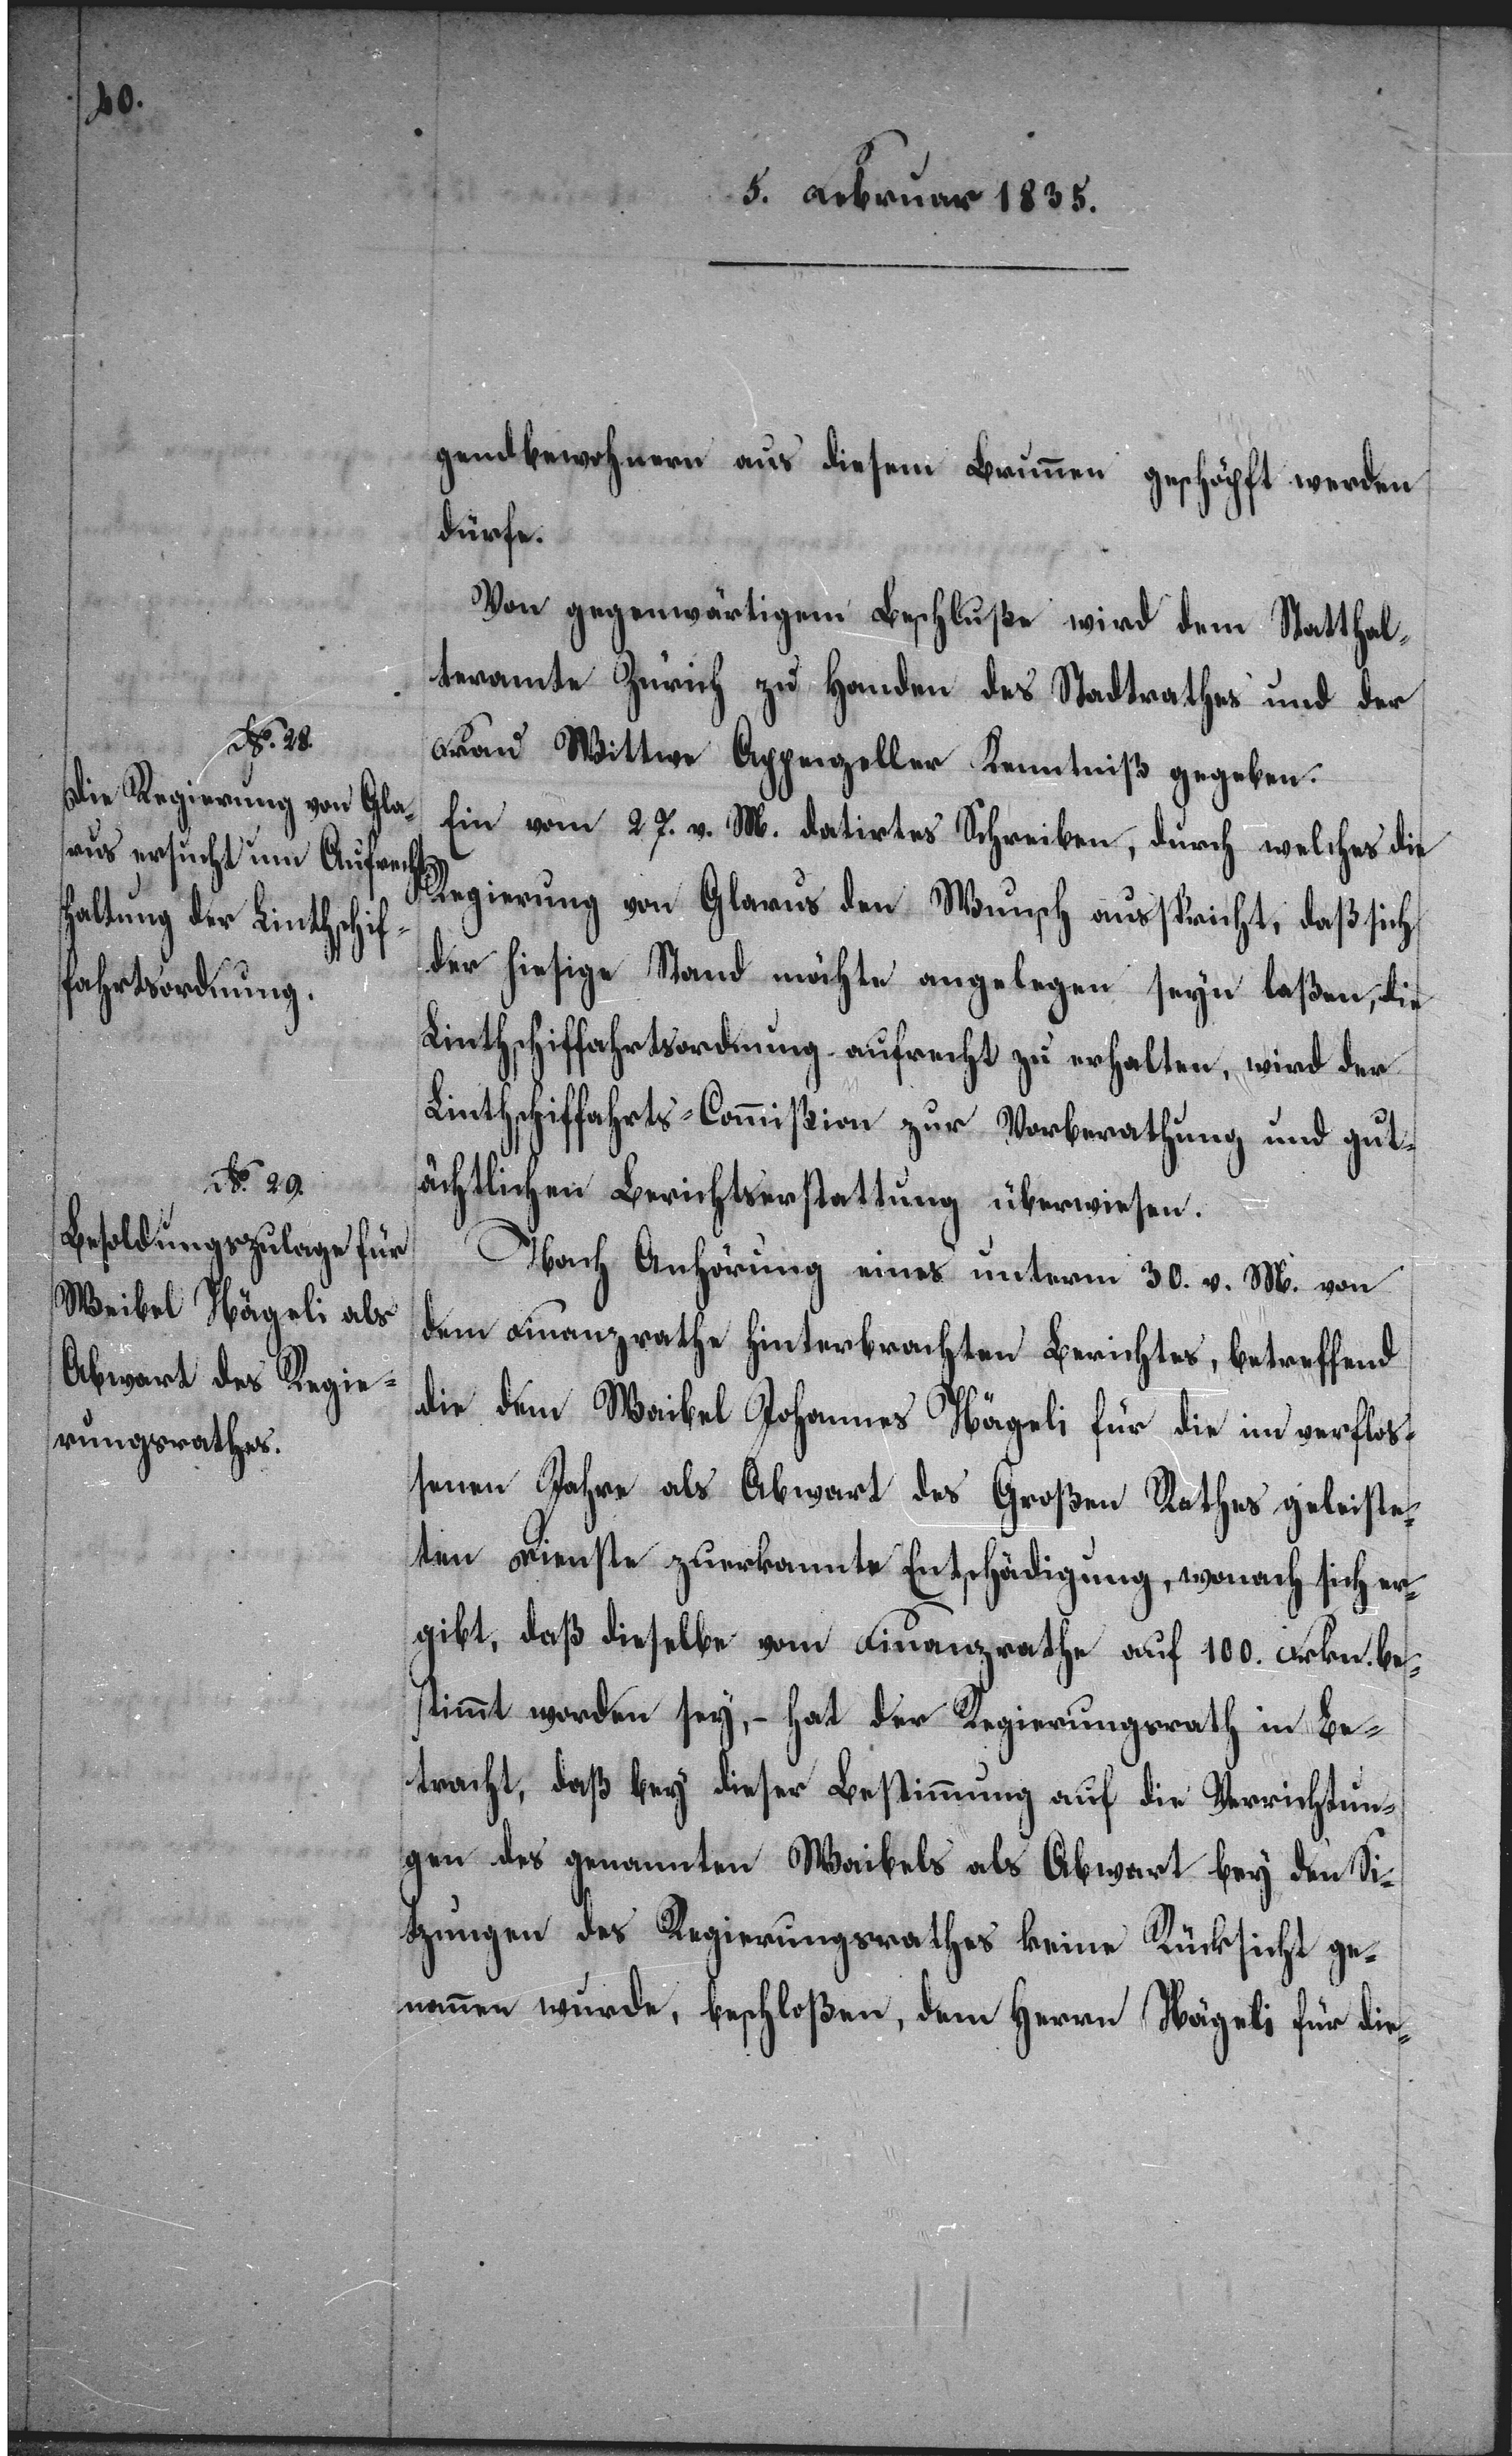
gendbewohnern aus diesem Brunnen geschöpft werden
dürfe.
Von gegenwärtigem Beschluße wird dem Statthal¬
teramte Zürich zu Handen des Stadtrathes und der
Frau Wittwe Appenzeller Kenntniß gegeben.
Ein vom 27. v. M. datirtes Schreiben, durch welches die
Regierung von Glarus den Wunsch ausspricht, daß sich
der hiesige Stand möchte angelegen seyn laßen, die
Linthschiffahrtsordnung aufrecht zu erhalten, wird der
Linthschiffahrts-Commißion zur Vorberathung und gut¬
ächtlichen Berichtserstattung überwiesen.
Nach Anhörung eines unterm 30. v. M. von
dem Finanzrathe hinterbrachten Berichtes, betreffend
die dem Waibel Johannes Nägeli für die im verflo¬
ßenen Jahre als Abwart des Großen Rathes geleiste¬
ten Dienste zuerkannte Entschädigung, wonach sich er¬
gibt, daß dieselbe vom Finanzrathe auf 100. Frkn. be¬
stimmt worden sey, – hat der Regierungsrath in Be¬
tracht, daß bey dieser Bestimmung auf die Verrichtun¬
gen des genannten Waibels als Abwart bey den Si¬
tzungen des Regierungsrathes keine Rücksicht ge¬
nommen wurde, beschloßen, den Herrn Nägeli für die-